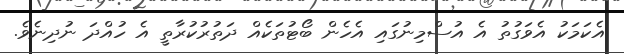
އެކަމަކު އެވަގުތު އެ އުސްމިނުގައި އެހެން ބޯޓުތަކެއް ދަތުރުކުރާތީ އެ ހުއްދަ ނުދިނެވެ.